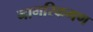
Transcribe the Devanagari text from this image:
नागरिकगण